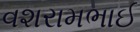
વશરામભાઈ